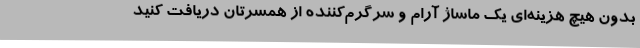
بدون هیچ هزینه‌ای یک ماساژ آرام و سرگرم‌کننده از همسرتان دریافت کنید